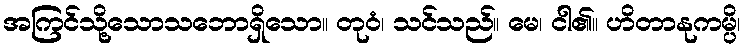
အကြင်သို့သောသဘောရှိသော။ တုဝံ၊ သင်သည်။ မေ၊ ငါ၏။ ဟိတာနုကမ္ပိ၊